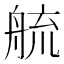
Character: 艈